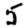
Digit: 5